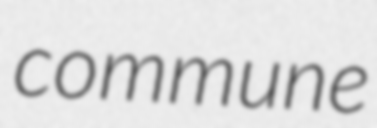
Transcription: commune